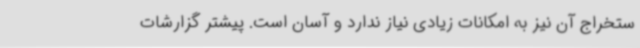
ستخراج آن نیز به امکانات زیادی نیاز ندارد و آسان است. پیشتر گزارشات